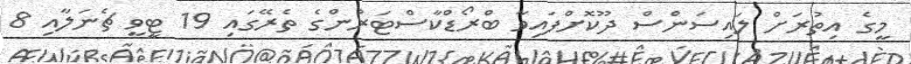
މީގެ އިތުރަށް ލައިސަންސް ދޫކޮށްފައިވާ ބްރޯޑްކާސްޓަރުންގެ ތެރޭގައި 19 ޓީވީ ޗެނަލާއި 8